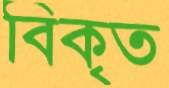
বিকৃত